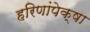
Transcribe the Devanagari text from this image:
हरिणांपेक्षा